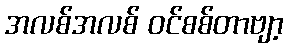
အလစ်အလစ် ဝင်စစ်တာဗျာ့